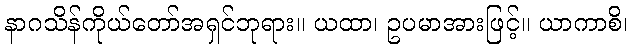
နာဂသိန်ကိုယ်တော်အရှင်ဘုရား။ ယထာ၊ ဥပမာအားဖြင့်။ ယာကာစိ၊